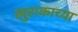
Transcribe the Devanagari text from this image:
खुराकाच्या